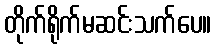
တိုက်ရိုက်မဆင်းသက်ပေ။